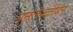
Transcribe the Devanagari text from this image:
पुनःरुज्जीवन